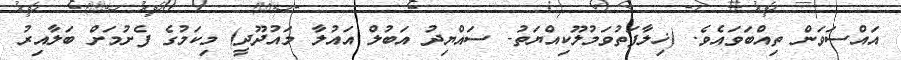
އައްސަވަން ތިއްބަވައެވެ. (ޚިލާފަތުވަމުލޫކިއްޔަތު- ސައްޔިދު އަބުލް އައުލާ މައުދޫދީ) މިކަމުގެ ފެށުމަށް ބަލާއިރު